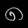
Digit: ၈